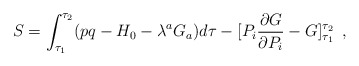
\begin{align*}S = \int _{\tau _1}^{\tau _2}( pq-H_0-\lambda ^a G_a ) d\tau -[P_i\frac{\partial G}{\partial P_i}-G]^{\tau _2}_{\tau _1}\,\,\, ,\end{align*}